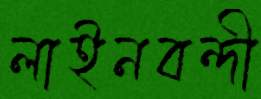
লাইনবন্দী